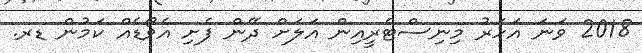
2018 ވަނަ އަހަރު މިނިސްޓްރީއިން އަލަށް ދޭން ފެށި އެވޯޑެއް ކަމުން ޑރ.